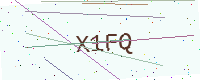
Text: X1FQ